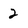
Character: 2